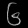
Digit: ၆